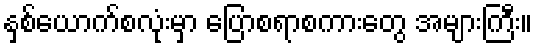
နှစ်ယောက်စလုံးမှာ ပြောစရာစကားတွေ အများကြီး။